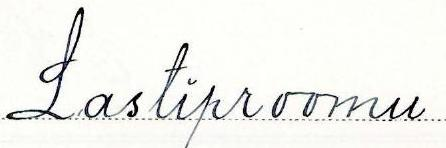
Lastiproomu